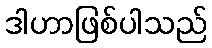
ဒါဟာဖြစ်ပါသည်